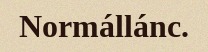
Normállánc.